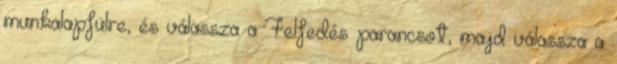
munkalapfülre, és válassza a Felfedés parancsot, majd válassza a